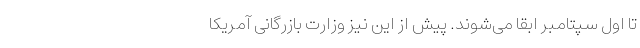
تا اول سپتامبر ابقا می‌شوند. پیش از این نیز وزارت بازرگانی آمریکا